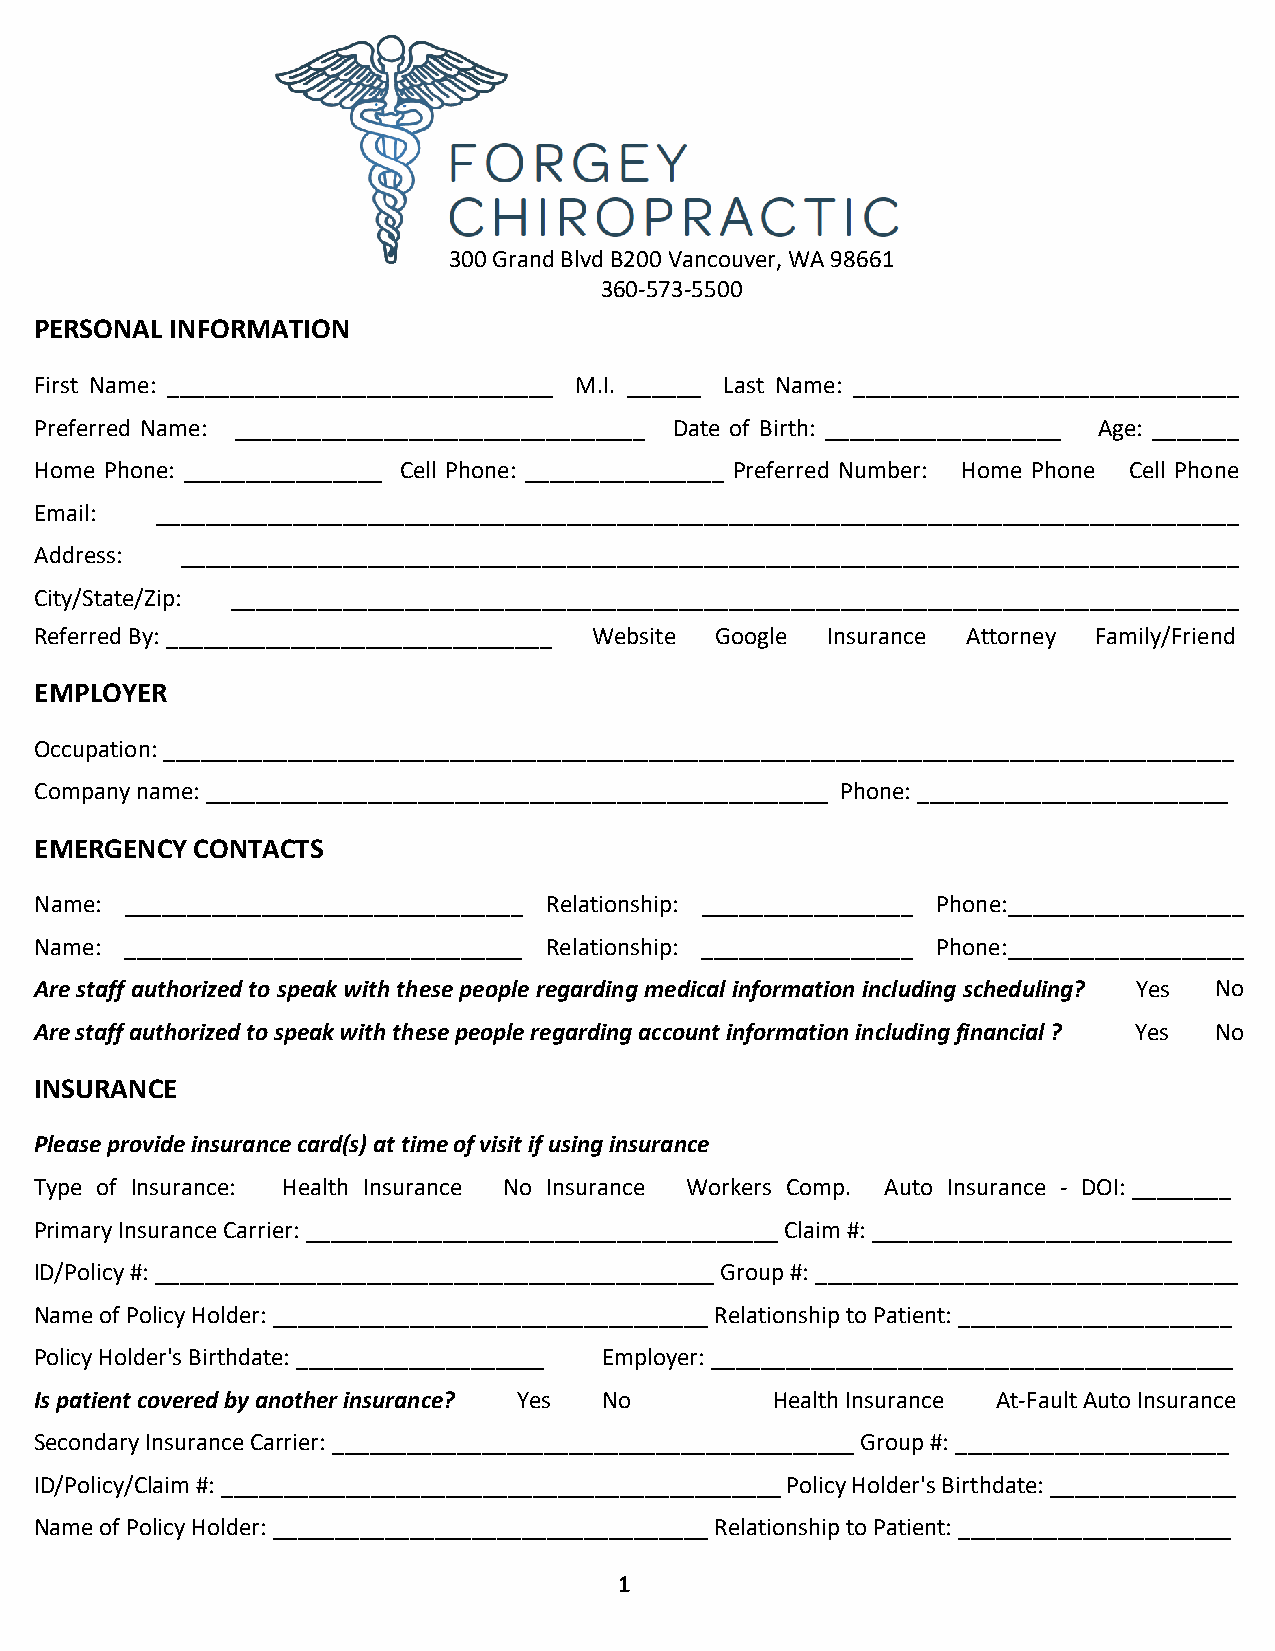
300 Grand Blvd B200 Vancouver, WA 98661
 360-573-5500
 PERSONAL INFORMATION
 First Name: _______________________________ M.I. ______ Last Name: _______________________________
 Preferred Name: _________________________________ Date of Birth: ___________________ Age: _______
 Home Phone: ________________ Cell Phone: ________________ Preferred Number: Home Phone Cell Phone
 Email:  _______________________________________________________________________________________
 Address:  _____________________________________________________________________________________
 City/State/Zip: _________________________________________________________________________________
 Referred By: _______________________________ Website Google Insurance Attorney Family/Friend
 EMPLOYER
 Occupation: ______________________________________________________________________________________
 Company name: __________________________________________________ Phone: _________________________
 EMERGENCY  CONTACTS
 Name: ________________________________ Relationship: _________________ Phone:___________________
 Name: ________________________________ Relationship: _________________ Phone:___________________
 Are staff authorized to speak with these people regarding medical information including scheduling? Yes No
 Are staff authorized to speak with these people regarding account information including financial ? Yes No
 INSURANCE
 Please provide insurance card(s) at time of visit if using insurance
 Type of Insurance: Health Insurance No Insurance Workers Comp. Auto Insurance - DOI: ________
 Primary Insurance Carrier: ______________________________________ Claim #: _____________________________
 ID/Policy #: _____________________________________________ Group #: __________________________________
 Name of Policy Holder: ___________________________________ Relationship to Patient: ______________________
 Policy Holder's Birthdate: ____________________ Employer: __________________________________________
 Is patient covered by another insurance? Yes No  Health Insurance At-Fault Auto Insurance
 Secondary Insurance Carrier: __________________________________________ Group #: ______________________
 ID/Policy/Claim #: _____________________________________________ Policy Holder's Birthdate: _______________
 Name of Policy Holder: ___________________________________ Relationship to Patient: ______________________
 1